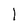
Character: 1